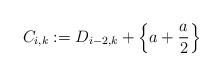
LaTeX: \begin{align*}C_{i,k} & := D_{i-2,k} + \left\{ a + \frac{a}{2} \right\}\end{align*}